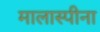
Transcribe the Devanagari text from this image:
मालास्पीना